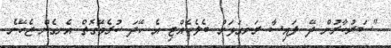
"ސަރުކާރުން ދޭ ފައިސާ ރަނގަޅަށް ބެލެހެއްޓި އެ ހޭދަ ކުރެވޭގޮތް އެނގެން ޖެހޭނެ